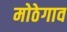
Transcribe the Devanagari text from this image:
मोठेगाव